Source: Handwritten
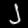
Digit: ၂ (2)